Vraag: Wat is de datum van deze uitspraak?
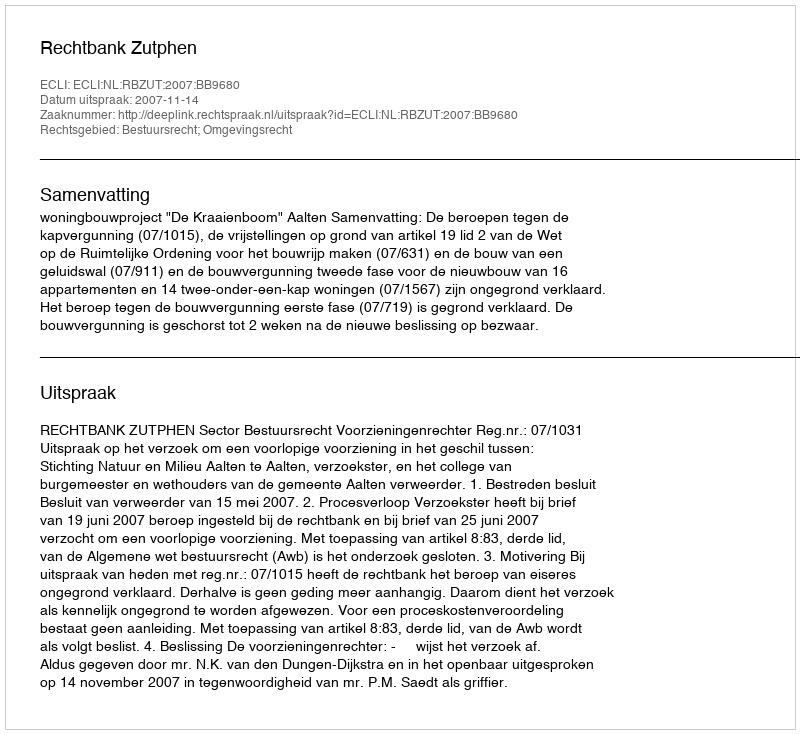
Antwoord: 2007-11-14